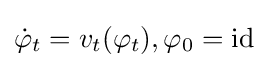
{\dot {\varphi }}_{t}=v_{t}(\varphi _{t}),\varphi _{0}={\rm {id}}